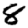
Digit: 8